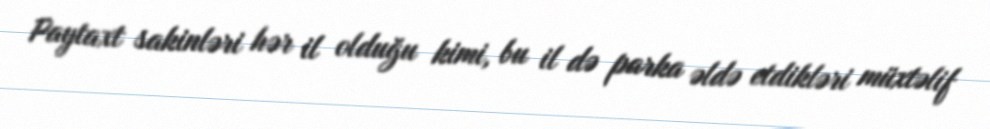
Paytaxt sakinləri hər il olduğu kimi, bu il də parka əldə etdikləri müxtəlif